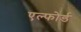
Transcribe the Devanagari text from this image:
एल्फोर्ड